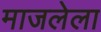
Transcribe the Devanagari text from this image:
माजलेला